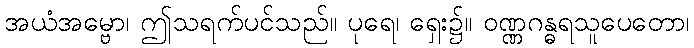
အယံအမ္ဗော၊ ဤသရက်ပင်သည်။ ပုရေ၊ ရှေး၌။ ဝဏ္ဏဂန္ဓရသူပေတော၊